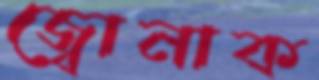
জ্বোনাক